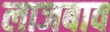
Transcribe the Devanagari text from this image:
लाजबाव